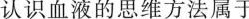
认识血液的思维方法属于 （ ）